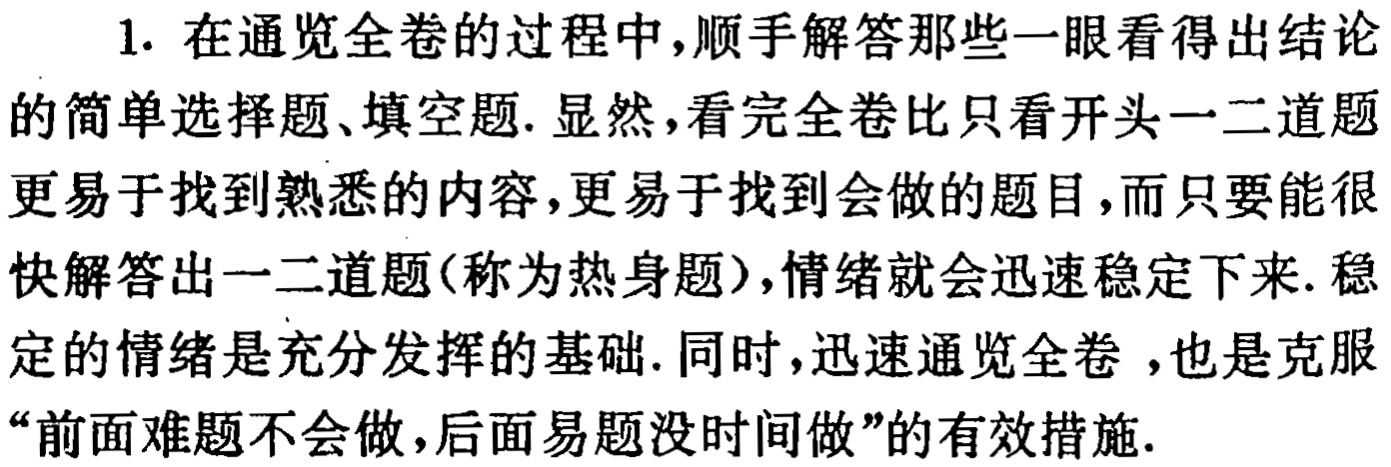
1. 在通览全卷的过程中，顺手解答那些一眼看得出结论的简单选择题、填空题. 显然，看完全卷比只看开头一二道题更易于找到熟悉的内容，更易于找到会做的题目，而只要能很快解答出一二道题（称为热身题），情绪就会迅速稳定下来. 稳定的情绪是充分发挥的基础. 同时，迅速通览全卷 ，也是克服“前面难题不会做，后面易题没时间做”的有效措施.